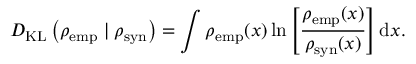
D _ { \mathrm { K L } } \left( \rho _ { \mathrm { e m p } } \mid \rho _ { \mathrm { s y n } } \right) = \int \rho _ { \mathrm { e m p } } ( x ) \ln \left[ \frac { \rho _ { \mathrm { e m p } } ( x ) } { \rho _ { \mathrm { s y n } } ( x ) } \right] \mathrm { d } x .